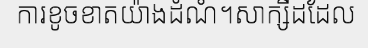
ការខូចខាតយ៉ាងដំណំ។សាក្សីដដែល